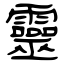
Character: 靈